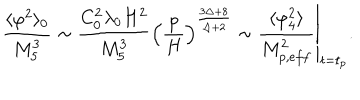
LaTeX: \frac { \langle \varphi ^ { 2 } \rangle _ { 0 } } { M _ { 5 } ^ { 3 } } \sim \frac { C _ { 0 } ^ { 2 } \lambda _ { 0 } H ^ { 2 } } { M _ { 5 } ^ { 3 } } \left( \frac { p } { H } \right) ^ { \frac { 3 \Delta + 8 } { \Delta + 2 } } \sim \left. \frac { \langle \varphi _ { 4 } ^ { 2 } \rangle } { M _ { p , e f f } ^ { 2 } } \right\vert _ { t = t _ { p } } .